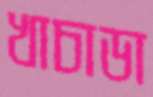
খাচাডা